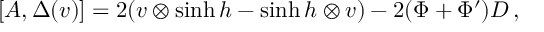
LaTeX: [ A , \Delta ( v ) ] = 2 ( v \otimes \sinh h - \sinh h \otimes v ) - 2 ( \Phi + \Phi ^ { \prime } ) D \, ,